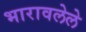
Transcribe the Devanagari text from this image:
भारावलेले